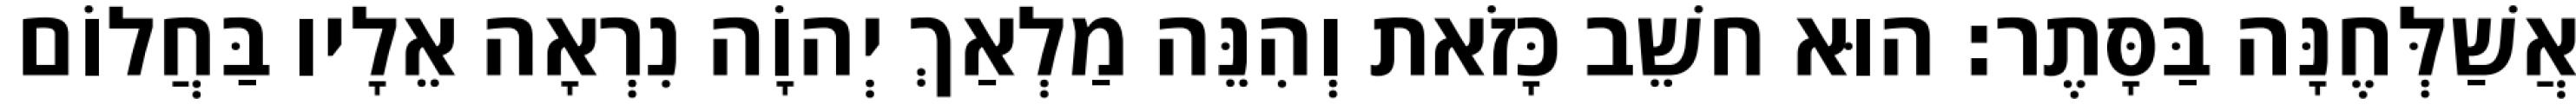
אֲשַׁלְּחֶנָּה בַּסָּתֶר׃ הוּא חשֵׁב כָּזֹאת וְהִנֵּה מַלְאַךְ יְהוָֹה נִרְאָה אֵלָיו בַּחֲלוֹם